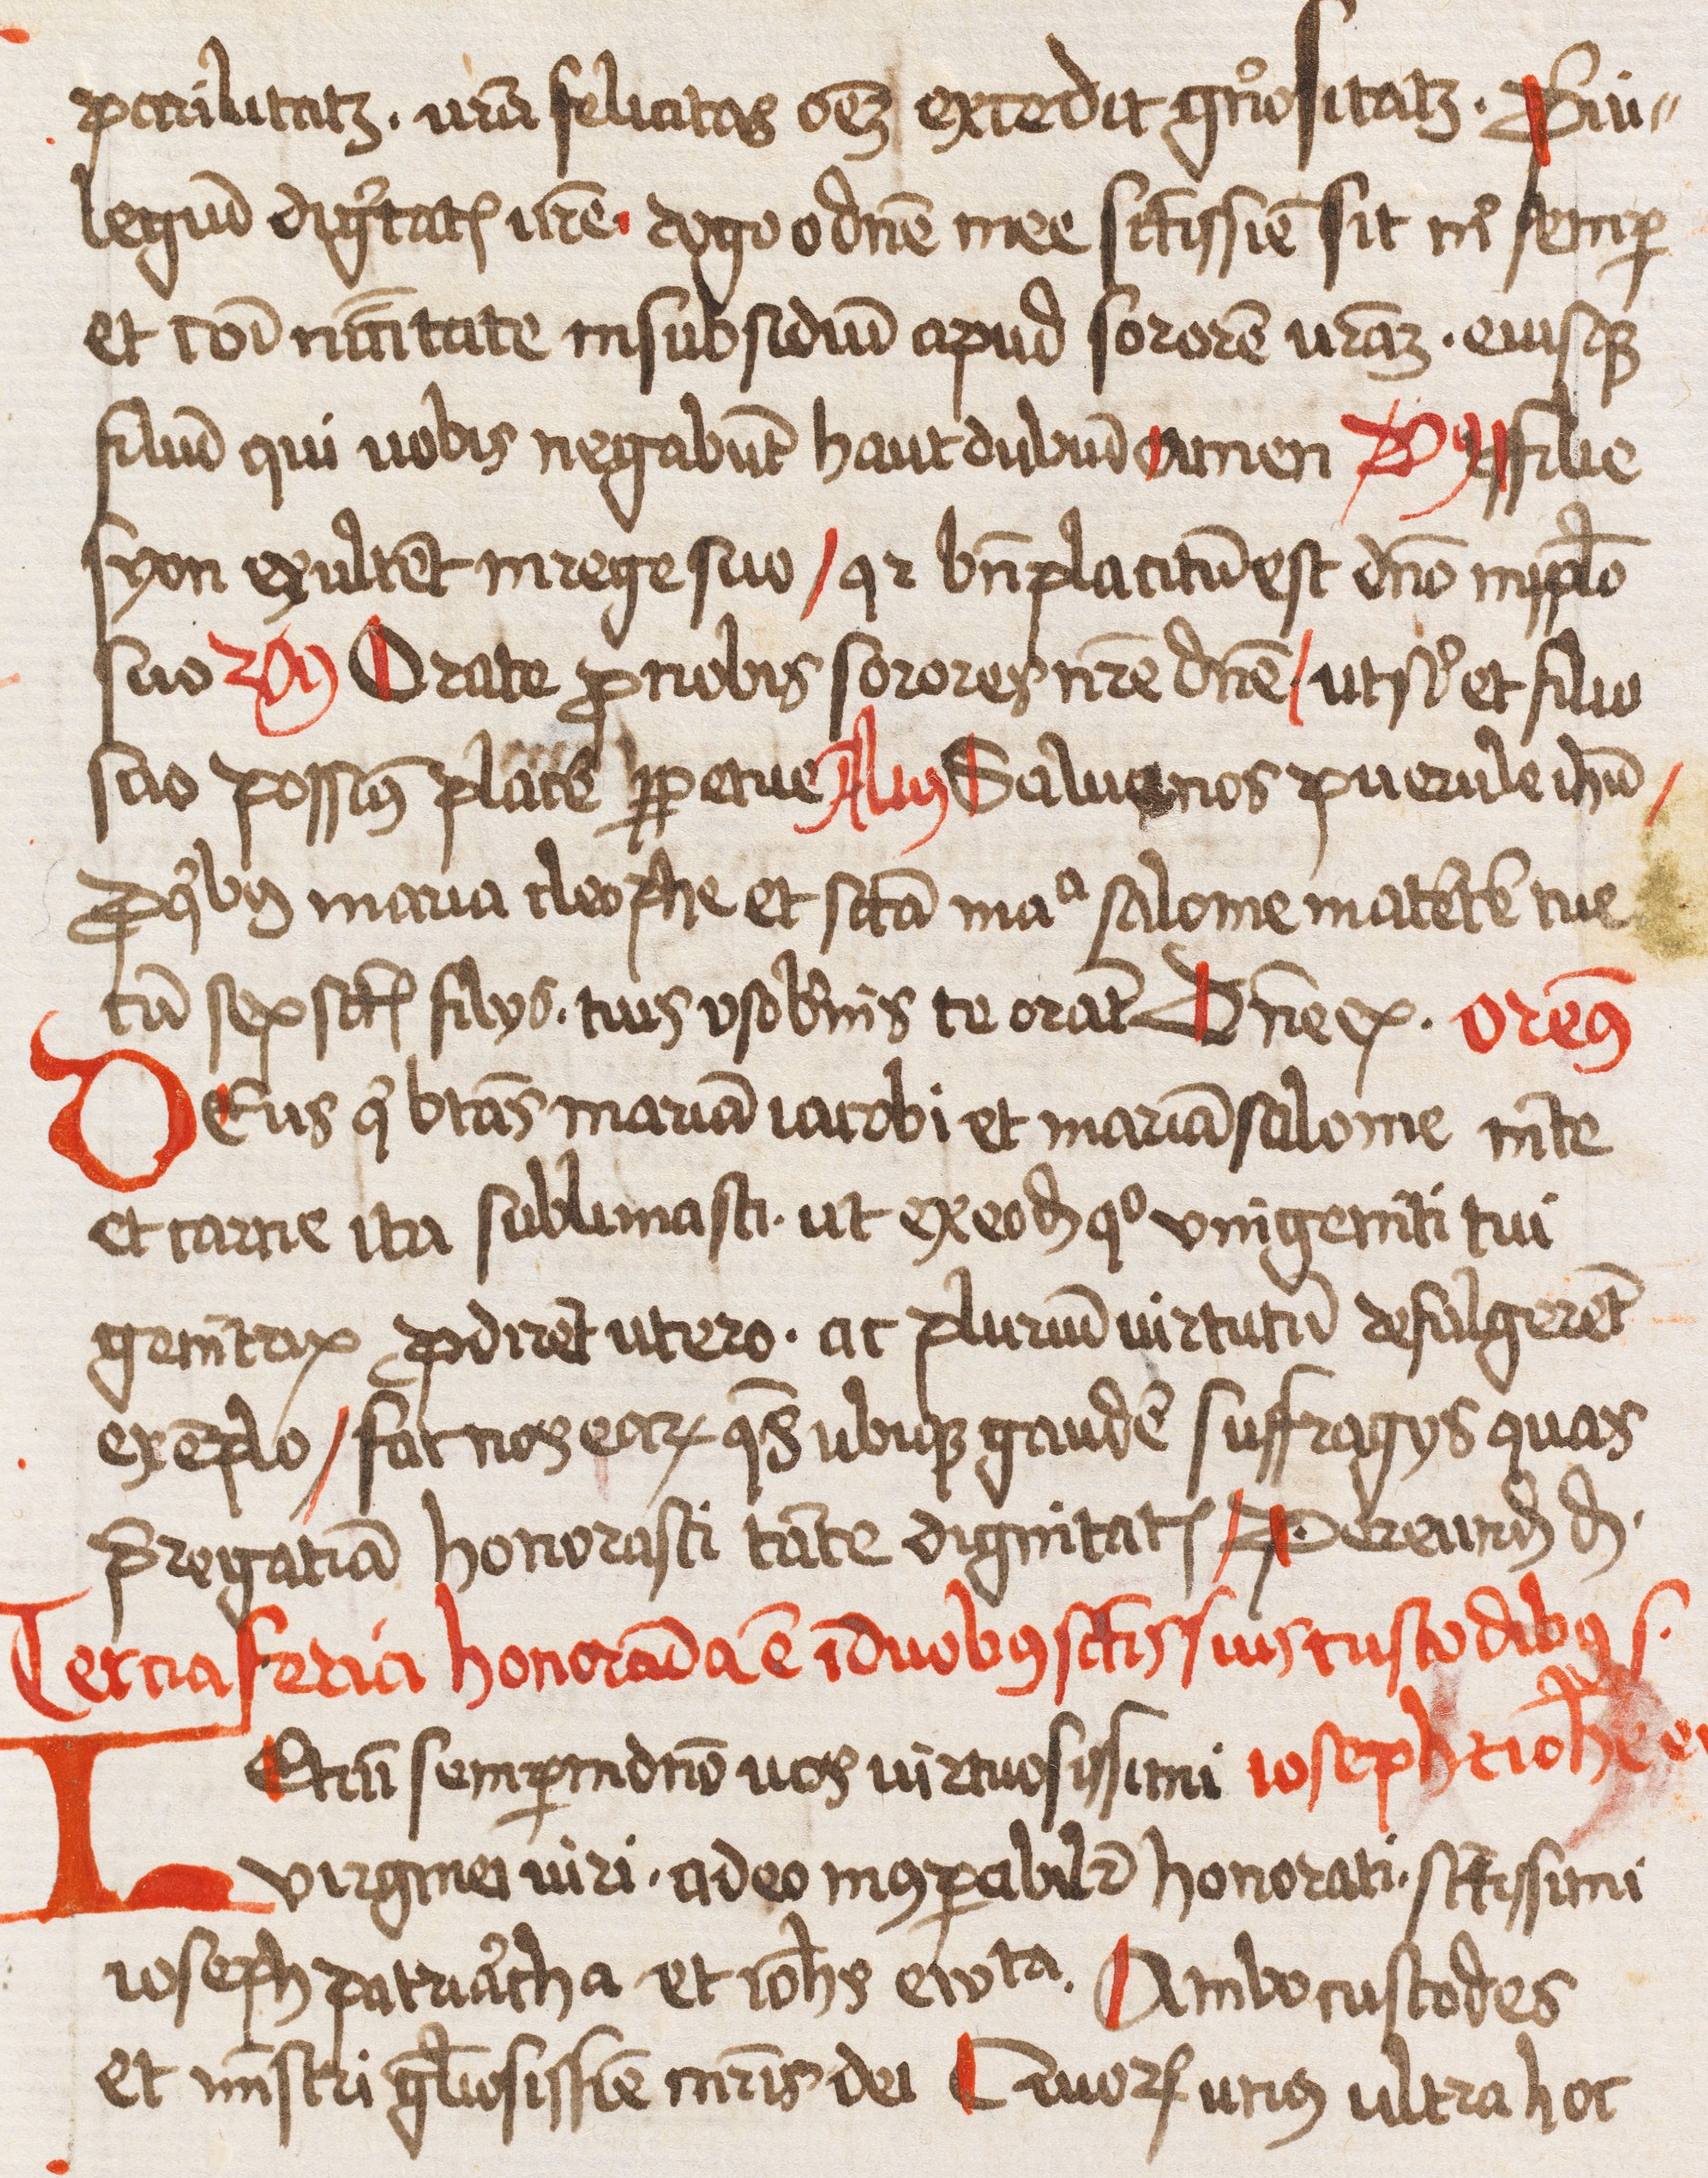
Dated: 1445–1499